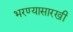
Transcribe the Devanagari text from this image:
भरण्यासारखी